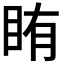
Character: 𬑐